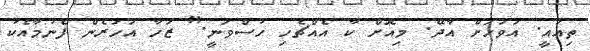
ތިއައީ. އަވަހަށް އާދޭ. މިއޮށް ކާ އެއްޗެހި ހުސްވަނީ." ޒަހާ އަހަރެން ފެނުމާއެކު